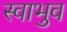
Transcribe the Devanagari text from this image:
स्वाभुव